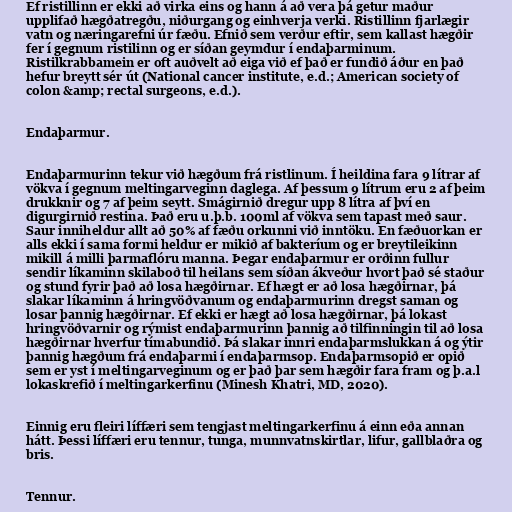
Ef ristillinn er ekki að virka eins og hann á að vera þá getur maður
upplifað hægðatregðu, niðurgang og einhverja verki. Ristillinn fjarlægir
vatn og næringarefni úr fæðu. Efnið sem verður eftir, sem kallast hægðir
fer í gegnum ristilinn og er síðan geymdur í endaþarminum.
Ristilkrabbamein er oft auðvelt að eiga við ef það er fundið áður en það
hefur breytt sér út (National cancer institute, e.d.; American society of
colon &amp; rectal surgeons, e.d.).

Endaþarmur.

Endaþarmurinn tekur við hægðum frá ristlinum. Í heildina fara 9 lítrar af
vökva í gegnum meltingarveginn daglega. Af þessum 9 lítrum eru 2 af þeim
drukknir og 7 af þeim seytt. Smágirnið dregur upp 8 lítra af því en
digurgirnið restina. Það eru u.þ.b. 100ml af vökva sem tapast með saur.
Saur inniheldur allt að 50% af fæðu orkunni við inntöku. En fæðuorkan er
alls ekki í sama formi heldur er mikið af bakteríum og er breytileikinn
mikill á milli þarmaflóru manna. Þegar endaþarmur er orðinn fullur
sendir líkaminn skilaboð til heilans sem síðan ákveður hvort það sé staður
og stund fyrir það að losa hægðirnar. Ef hægt er að losa hægðirnar, þá
slakar líkaminn á hringvöðvanum og endaþarmurinn dregst saman og
losar þannig hægðirnar. Ef ekki er hægt að losa hægðirnar, þá lokast
hringvöðvarnir og rýmist endaþarmurinn þannig að tilfinningin til að losa
hægðirnar hverfur tímabundið. Þá slakar innri endaþarmslukkan á og ýtir
þannig hægðum frá endaþarmi í endaþarmsop. Endaþarmsopið er opið
sem er yst í meltingarveginum og er það þar sem hægðir fara fram og þ.a.l
lokaskrefið í meltingarkerfinu (Minesh Khatri, MD, 2020).

Einnig eru fleiri líffæri sem tengjast meltingarkerfinu á einn eða annan
hátt. Þessi líffæri eru tennur, tunga, munnvatnskirtlar, lifur, gallblaðra og
bris.

Tennur.